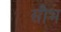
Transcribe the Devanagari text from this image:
सौभ